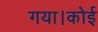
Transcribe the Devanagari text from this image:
गया।कोई